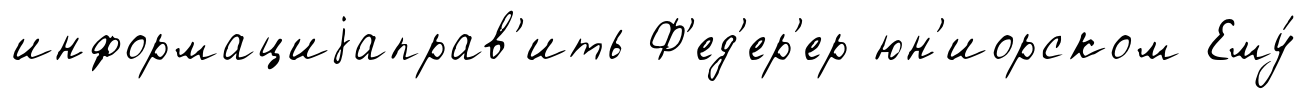
информациjаправ'ить Ф'ед'ер'ер юн'иорском Ему́